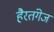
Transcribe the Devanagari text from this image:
हैरतंगेज